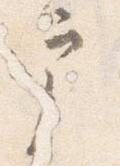
戸